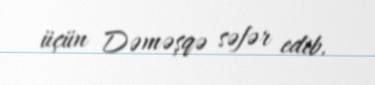
üçün Dəməşqə səfər edib.